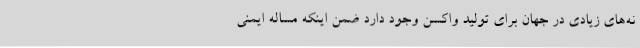
نه‌های زیادی در جهان برای تولید واکسن وجود دارد ضمن اینکه مساله ایمنی